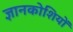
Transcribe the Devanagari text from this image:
ज्ञानकोशियों